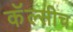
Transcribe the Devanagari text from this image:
कॅल्सीच